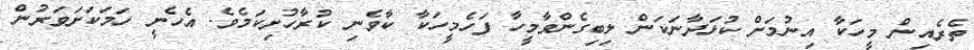
ތެރެއިން މީހަކާ އިނުމަށް ކުޅަދާނަކަން ލިބިގެންވާމީހާ ފަހެމީހަކާ ކާވެނި ކުރާހުށިކަމެވެ. އެހެނީ ހަމަކަށަވަރުން